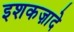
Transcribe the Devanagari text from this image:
इशकज़ादे